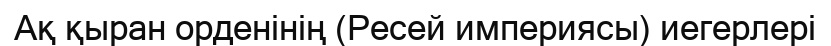
Ақ қыран орденінің (Ресей империясы) иегерлері